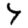
Digit: 4